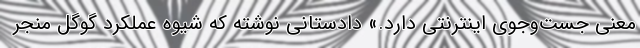
معنی جست‌وجوی اینترنتی دارد.» دادستانی نوشته که شیوه عملکرد گوگل منجر